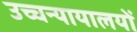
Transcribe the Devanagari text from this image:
उच्चन्यायालयों